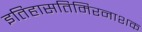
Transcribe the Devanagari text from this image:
इतिहासतिमिरनाशक